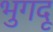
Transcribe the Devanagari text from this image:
भुगदू